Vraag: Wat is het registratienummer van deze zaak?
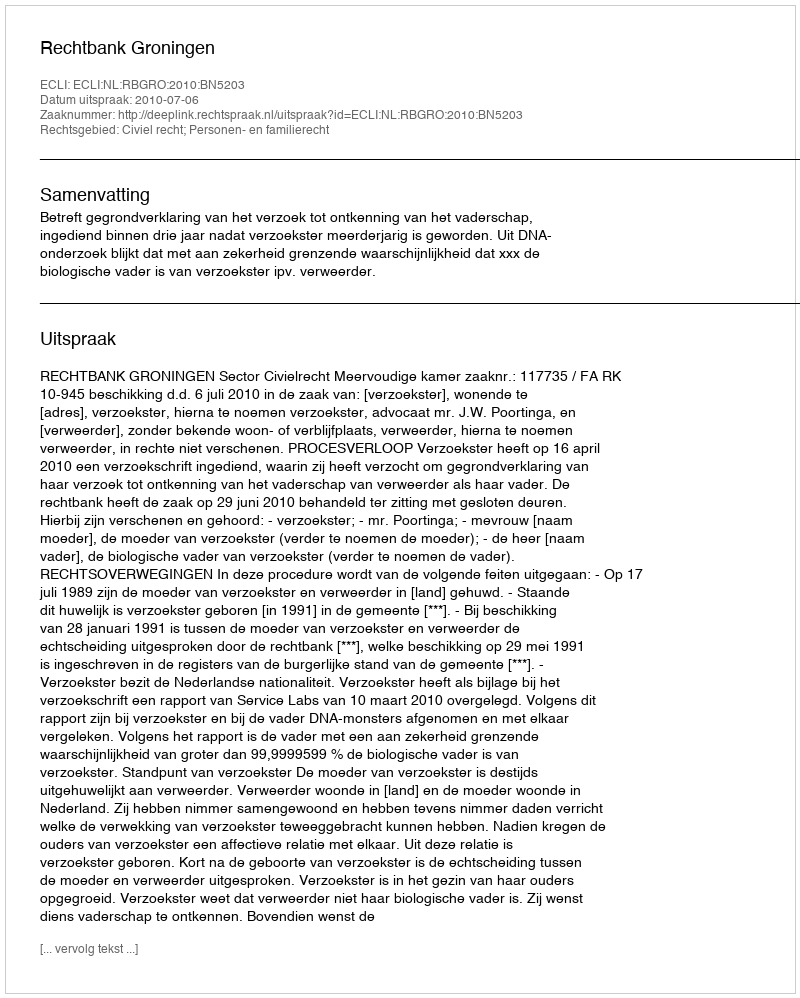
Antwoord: http://deeplink.rechtspraak.nl/uitspraak?id=ECLI:NL:RBGRO:2010:BN5203